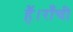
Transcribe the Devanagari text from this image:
हैं।राँची